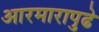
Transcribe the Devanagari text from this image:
आरमारापुढे